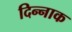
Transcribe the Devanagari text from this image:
दिन्नाक